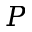
{ \cal P }